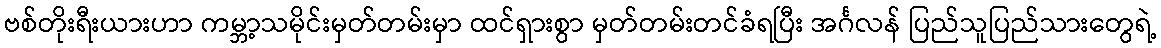
ဗစ်တိုးရီးယားဟာ ကမ္ဘာ့သမိုင်းမှတ်တမ်းမှာ ထင်ရှားစွာ မှတ်တမ်းတင်ခံရပြီး အင်္ဂလန် ပြည်သူပြည်သားတွေရဲ့